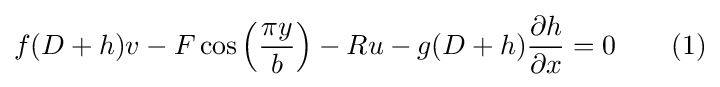
f(D+h)v-F\cos \left({\frac {\pi y}{b}}\right)-Ru-g(D+h){\frac {\partial h}{\partial x}}=0\qquad (1)